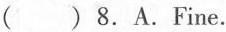
( )8.A.Fine.